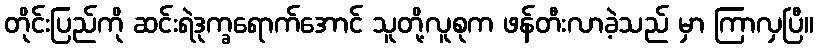
တိုင်းပြည်ကို ဆင်းရဲဒုက္ခရောက်အောင် သူတို့လူစုက ဖန်တီးလာခဲ့သည် မှာ ကြာလှပြီ။